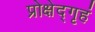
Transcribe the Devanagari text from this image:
प्रोक्षेद्गृहं